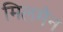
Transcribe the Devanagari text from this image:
मिलमैन